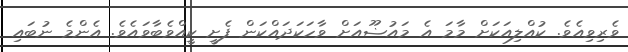
ވެރިވިއެވެ. ކުއްލިއަކަށް މާމަ އެ މައުޟޫއަށް ވާހަކަދައްކަން ފެށީ ކީއްވެބާވައެވެ. އެންމެ ނުބައި